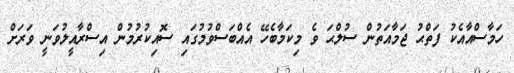
ހަމާސްއާއެކު ފަތްޙު ޖަމާއަތުން ސުލްޙަ ވެ މިކަމާބެހޭ އެއްބަސްވުމުގައި ސޮއިކުރުމުން އިސްރާއީލުވަނީ ވަރަށް